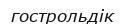
гострольдік